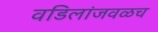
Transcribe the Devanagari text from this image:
वडिलांजवळच